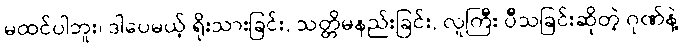
မထင်ပါဘူး၊ ဒါပေမယ့် ရိုးသားခြင်း, သတ္တိမနည်းခြင်း, လူကြီး ပီသခြင်းဆိုတဲ့ ဂုဏ်နဲ့